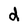
Character: d